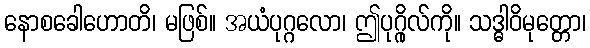
နောစခေါဟောတိ၊ မဖြစ်။ အယံပုဂ္ဂလော၊ ဤပုဂ္ဂိုလ်ကို။ သဒ္ဓါဝိမုတ္တော၊